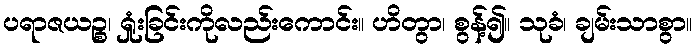
ပရာဇယဉ္စ၊ ရှုံးခြင်းကိုလည်းကောင်း။ ဟိတွာ၊ စွန့်၍။ သုခံ၊ ချမ်းသာစွာ။